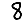
Digit: 8